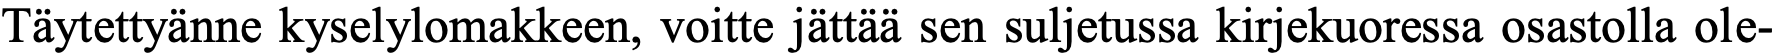
Täytettyänne kyselylomakkeen, voitte jättää sen suljetussa kirjekuoressa osastolla ole-